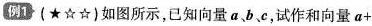
例1(★☆☆)如图所示，已知向量a、b、e，试作和向量a+